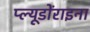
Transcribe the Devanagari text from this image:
प्ल्यूडोंराइना